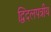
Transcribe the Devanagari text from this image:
द्विदलपत्रीय